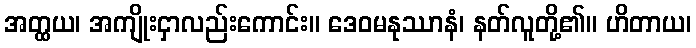
အတ္ထယ၊ အကျိုးငှာလည်းကောင်း။ ဒေဝမနုဿာနံ၊ နတ်လူတို့၏။ ဟိတာယ၊